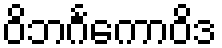
ဝိဘင်္ဂကောဝိဒ